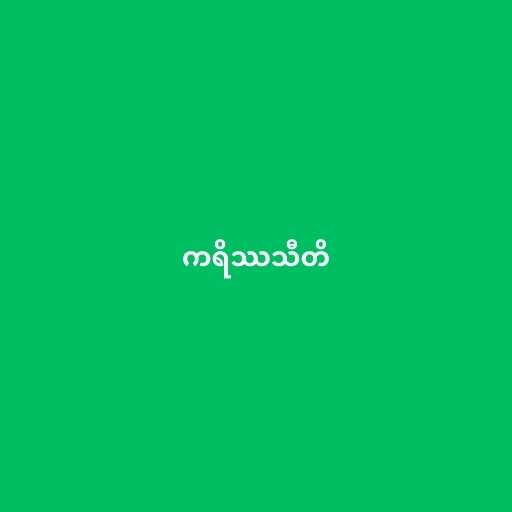
ကရိဿသီတိ